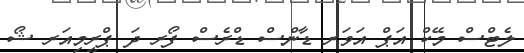
ލެޓްސް މޭކް އަޕް އަވަރ ޑާންސް ޑްރެސް ފޯރ ދަ ޕްރީމިއަރ ޝޯ